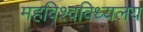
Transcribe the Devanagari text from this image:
महविश्वविध्यलय